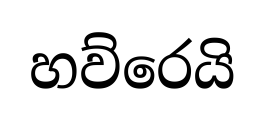
හව්රෙයි